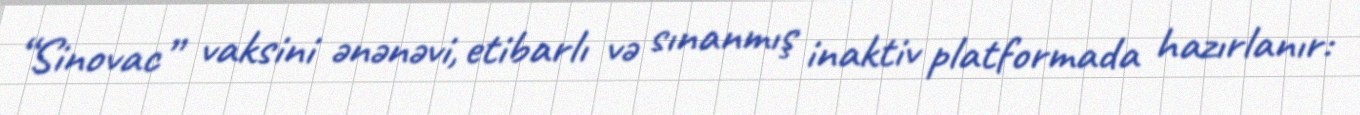
“Sinovac” vaksini ənənəvi, etibarlı və sınanmış inaktiv platformada hazırlanır: